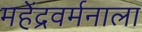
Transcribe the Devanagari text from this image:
महेंद्रवर्मनाला